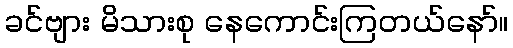
ခင်ဗျား မိသားစု နေကောင်းကြတယ်နော်။